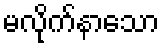
မလိုက်နာသော